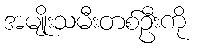
အမျိုးသမီးတစ်ဦးကို